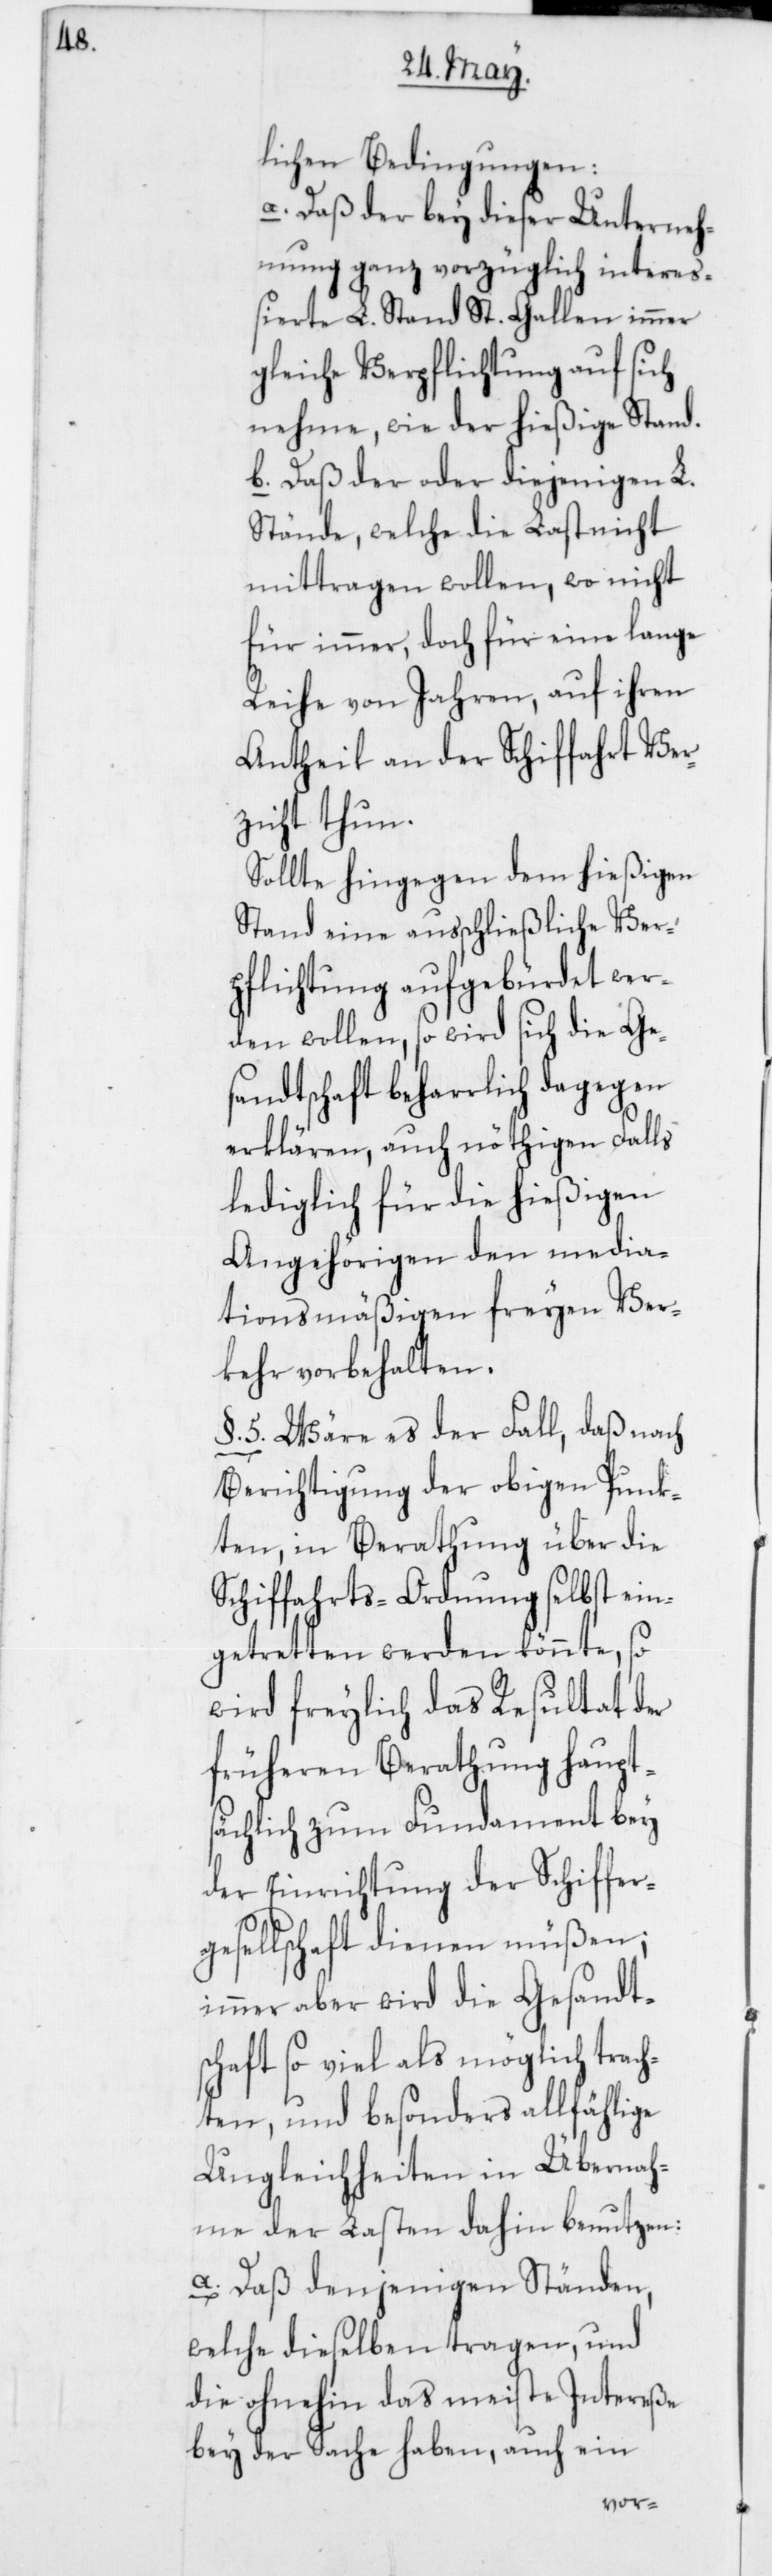
lichen Bedingungen:
a) Daß der bey dieser Unterneh¬
mung ganz vorzüglich intereß¬
ierte L. Stand St. Gallen immer
gleiche Verpflichtung auf sich
nehme, wie der hießige Stand.
b) Daß der oder diejenigen L.
Stände, welche die Last nicht
mittragen wollen, wo nicht
für immer, doch für eine lange
Reihe von Jahren, auf ihren
Antheil an der Schifffahrt Ver¬
zicht thun.
Sollte hingegen dem hießigen
Stand eine ausschließliche Ver¬
pflichtung aufgebürdet wer¬
den wollen, so wird sich die Ge¬
sandtschaft beharrlich dagegen
erklären, auch nöthigen Falls
lediglich für die hießigen
Angehörigen den media¬
tionsmäßigen freyen Ver¬
kehr vorbehalten.
§. 5. Wäre es der Fall, daß nach
Berichtigung der obigen Punk¬
ten, in Berathung über die
Schifffahrts-Ordnung selbst ein¬
getretten werden könnte, so
wird freylich das Resultat der
früheren Berathung haupt¬
sächlich zum Fundament bey
der Einrichtung der Schiffer¬
gesellschaft dienen müßen;
immer aber wird die Gesandts¬
chaft so viel als möglich trach¬
ten, und besonders allfählige
Ungleichheiten in Übernah¬
me der Lasten dahin benutzen:
a) Daß denjenigen Ständen,
welche dieselben tragen, und
die ohnehin das meiste Intereße
bey der Sache haben, auch ein